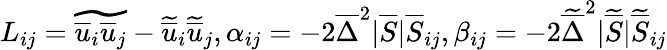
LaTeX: L_{ij}=\widetilde{\overline{{u}}_{i}\overline{{u}}_{j}}-\widetilde{\overline{{u}}}_{i}\widetilde{\overline{{u}}}_{j},\alpha_{ij}=-2\overline{{\Delta}}^{2}|\overline{{S}}|\overline{{S}}_{ij},\beta_{ij}=-2\widetilde{\overline{{\Delta}}}^{2}|\widetilde{\overline{{S}}}|\widetilde{\overline{{S}}}_{ij}